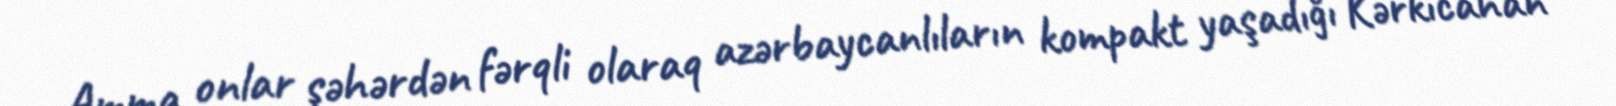
Amma onlar şəhərdən fərqli olaraq azərbaycanlıların kompakt yaşadığı Kərkicahan